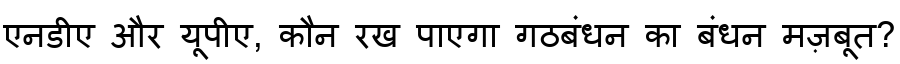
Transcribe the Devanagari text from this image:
एनडीए और यूपीए, कौन रख पाएगा गठबंधन का बंधन मज़बूत?